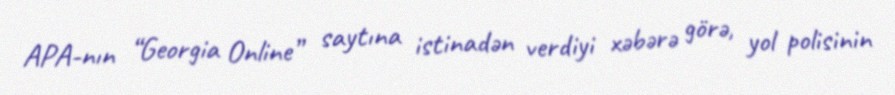
APA-nın “Georgia Online” saytına istinadən verdiyi xəbərə görə, yol polisinin